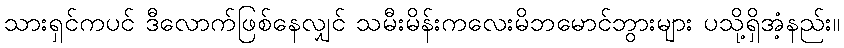
သားရှင်ကပင် ဒီလောက်ဖြစ်နေလျှင် သမီးမိန်းကလေးမိဘမောင်ဘွားများ ပသို့ရှိအံ့နည်း။